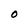
Character: O